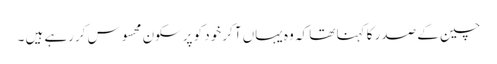
چین کے صدر کا کہنا تھا کہ وہ یہاں آکر خود کو پرسکون محسوس کررہے ہیں ۔